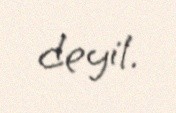
deyil.